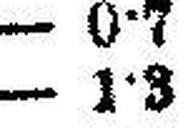
— 1•3